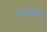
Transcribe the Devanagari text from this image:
पत्थरवाली